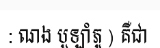
: ណង បួឡាំភូ ) គឺជា